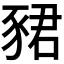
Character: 𬥀